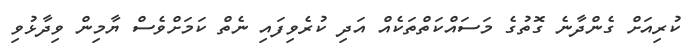
ކުރިއަށް ގެންދާނެ ގޮތުގެ މަސައްކަތްތަކެއް އަދި ކުރެވިފައި ނެތް ކަމަށްވެސް ޔާމިން ވިދާޅުވި